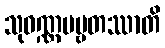
သုဝဏ္ဏပဗ္ဗတဿာတိ